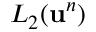
L _ { 2 } ( \mathbf { u } ^ { n } )